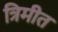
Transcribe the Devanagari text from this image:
त्रिमीत